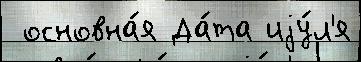
 основна́я Да́та иjу́л'я